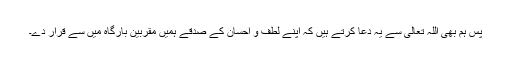
پس ہم بھی اللہ تعالیٰ سے یہ دعا کرتے ہیں کہ اپنے لطف و احسان کے صدقے ہمیں مقربین بارگاہ میں سے قرار دے۔